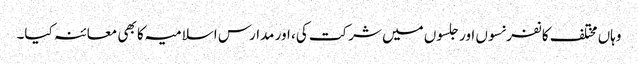
وہاں مختلف کانفرنسوں اور جلسوں میں شرکت کی، اور مدارس اسلامیہ کا بھی معائنہ کیا۔